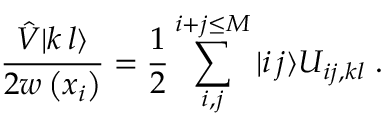
\frac { \hat { V } | k \, l \rangle } { 2 w \left( x _ { i } \right) } = \frac { 1 } { 2 } \sum _ { i , j } ^ { i + j \leq M } | i \, j \rangle U _ { i j , k l } \; .